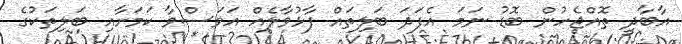
އާބާދީ ތޮއްޖެހުން ބޮޑު ނަމަ އެފަދަ ބަލިތައް ފާޅުވާލެއް އަވަސްވާ ކަމަށާއި ބަލިތަކުގެ